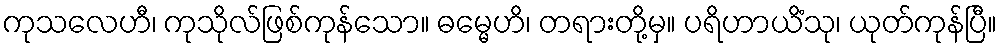
ကုသလေဟီ၊ ကုသိုလ်ဖြစ်ကုန်သော။ ဓမ္မေဟိ၊ တရားတို့မှ။ ပရိဟာယိံသု၊ ယုတ်ကုန်ပြီ။